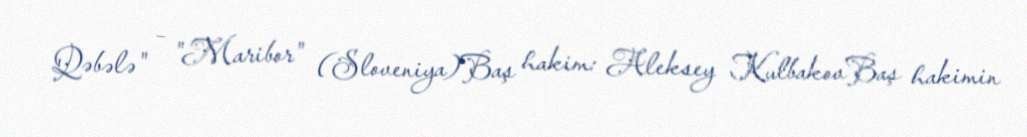
Qəbələ" – "Maribor" (Sloveniya)Baş hakim: Aleksey KulbakovBaş hakimin